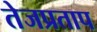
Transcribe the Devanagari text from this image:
तेजप्रताप